65_HS1-834228961_62-HQ-83894_Serial_164
Agency: FBI
Page 92
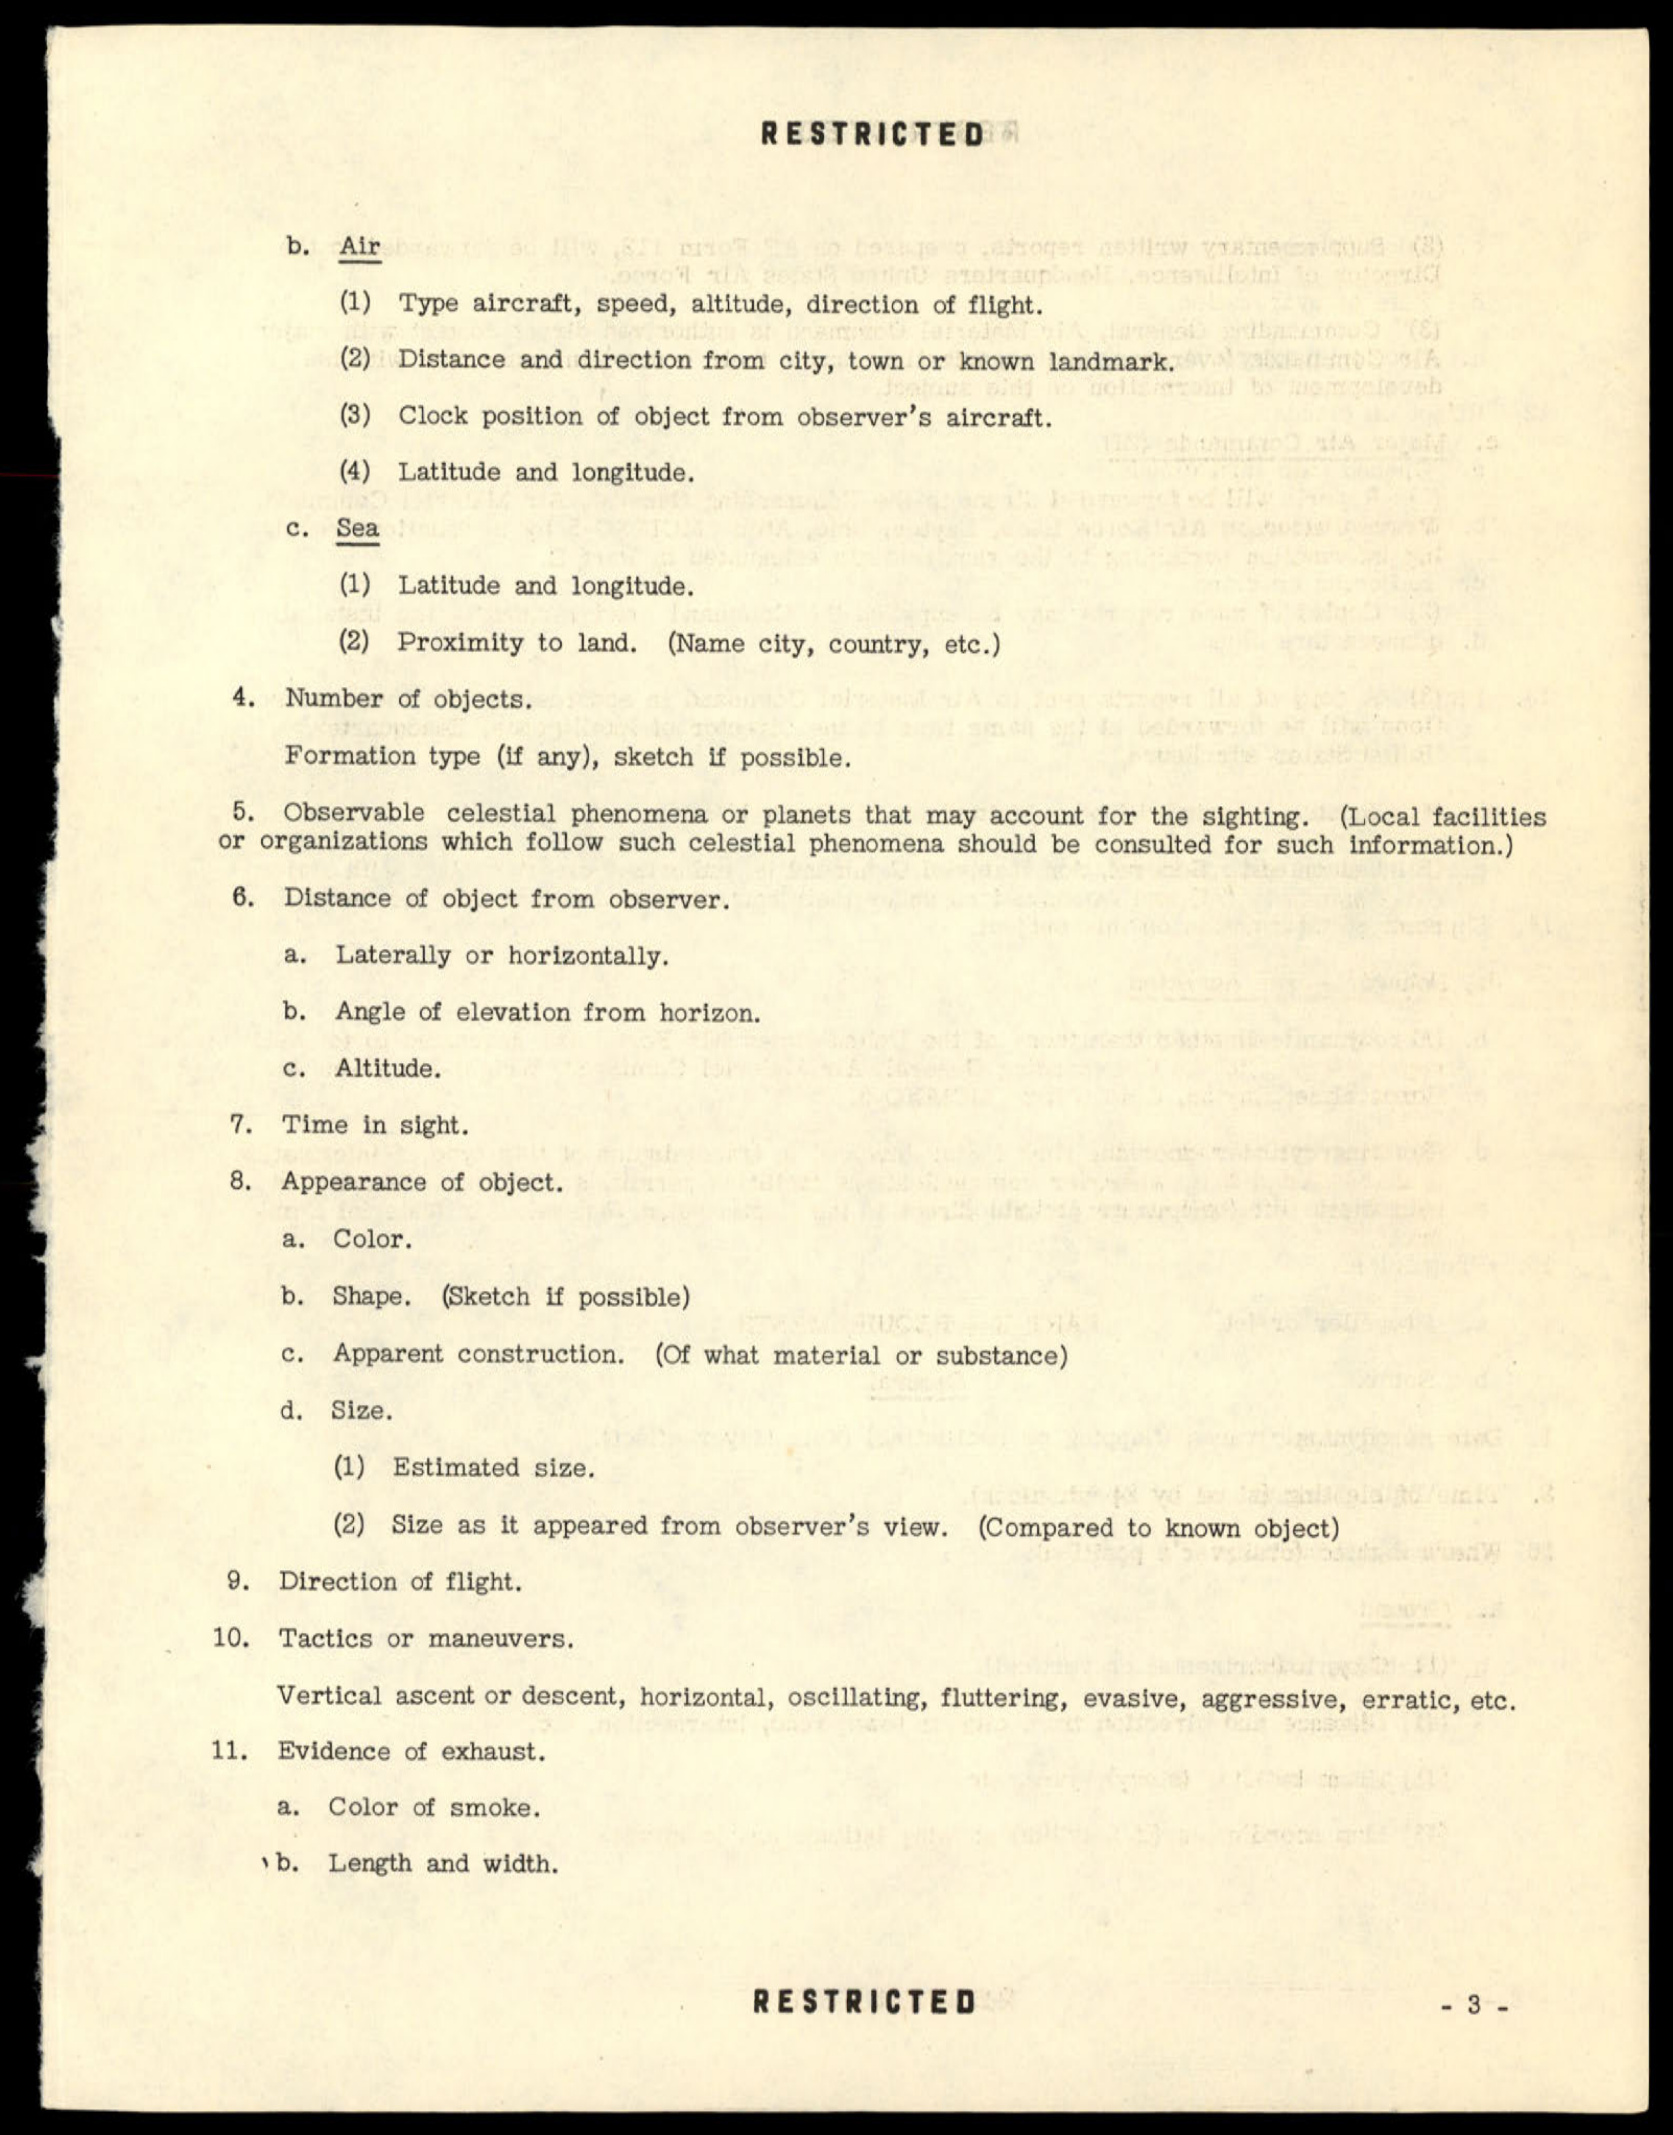